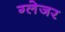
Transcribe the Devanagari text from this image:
ग्लेजर